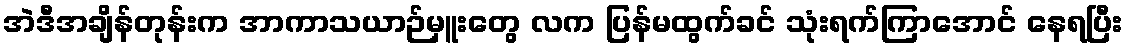
အဲဒီအချိန်တုန်းက အာကာသယာဉ်မှူးတွေ လက ပြန်မထွက်ခင် သုံးရက်ကြာအောင် နေရပြီး